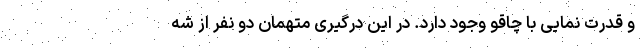
و قدرت نمایی با چاقو وجود دارد. در این درگیری متهمان دو نفر از شه